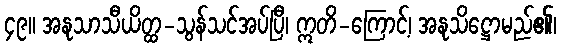
၄၉။ အနုသာသီယိတ္ထ-သွန်သင်အပ်ပြီ၊ ဣတိ-ကြောင့်၊ အနုသိဋ္ဌောမည်၏၊